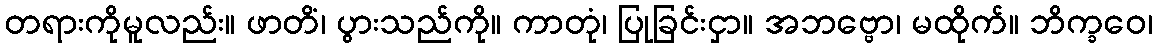
တရားကိုမူလည်း။ ဖာတိံ၊ ပွားသည်ကို။ ကာတုံ၊ ပြုခြင်းငှာ။ အဘဗ္ဗော၊ မထိုက်။ ဘိက္ခဝေ၊